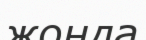
жонда